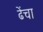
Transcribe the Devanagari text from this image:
ढेंचा